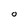
Character: O